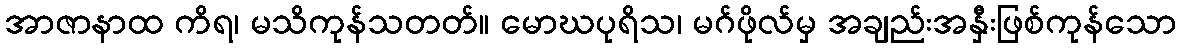
အာဇာနာထ ကိရ၊ မသိကုန်သတတ်။ မောဃပုရိသ၊ မဂ်ဖိုလ်မှ အချည်းအနှီးဖြစ်ကုန်သော